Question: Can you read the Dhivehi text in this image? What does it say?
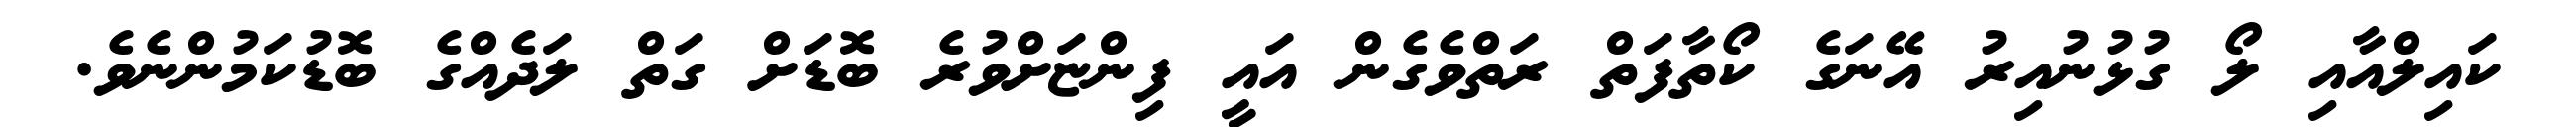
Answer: ކައިލްއާއި ލޯ ގުޅުނުއިރު އޭނަގެ ކޯތާފަތް ރަތްވެގެން އައީ ފިންޏަށްވުރެ ބޮޑަށް ގަތް ލަދެއްގެ ބޮޑުކަމުންނެވެ.